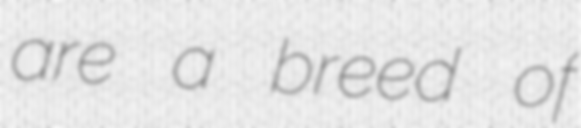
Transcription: are a breed of